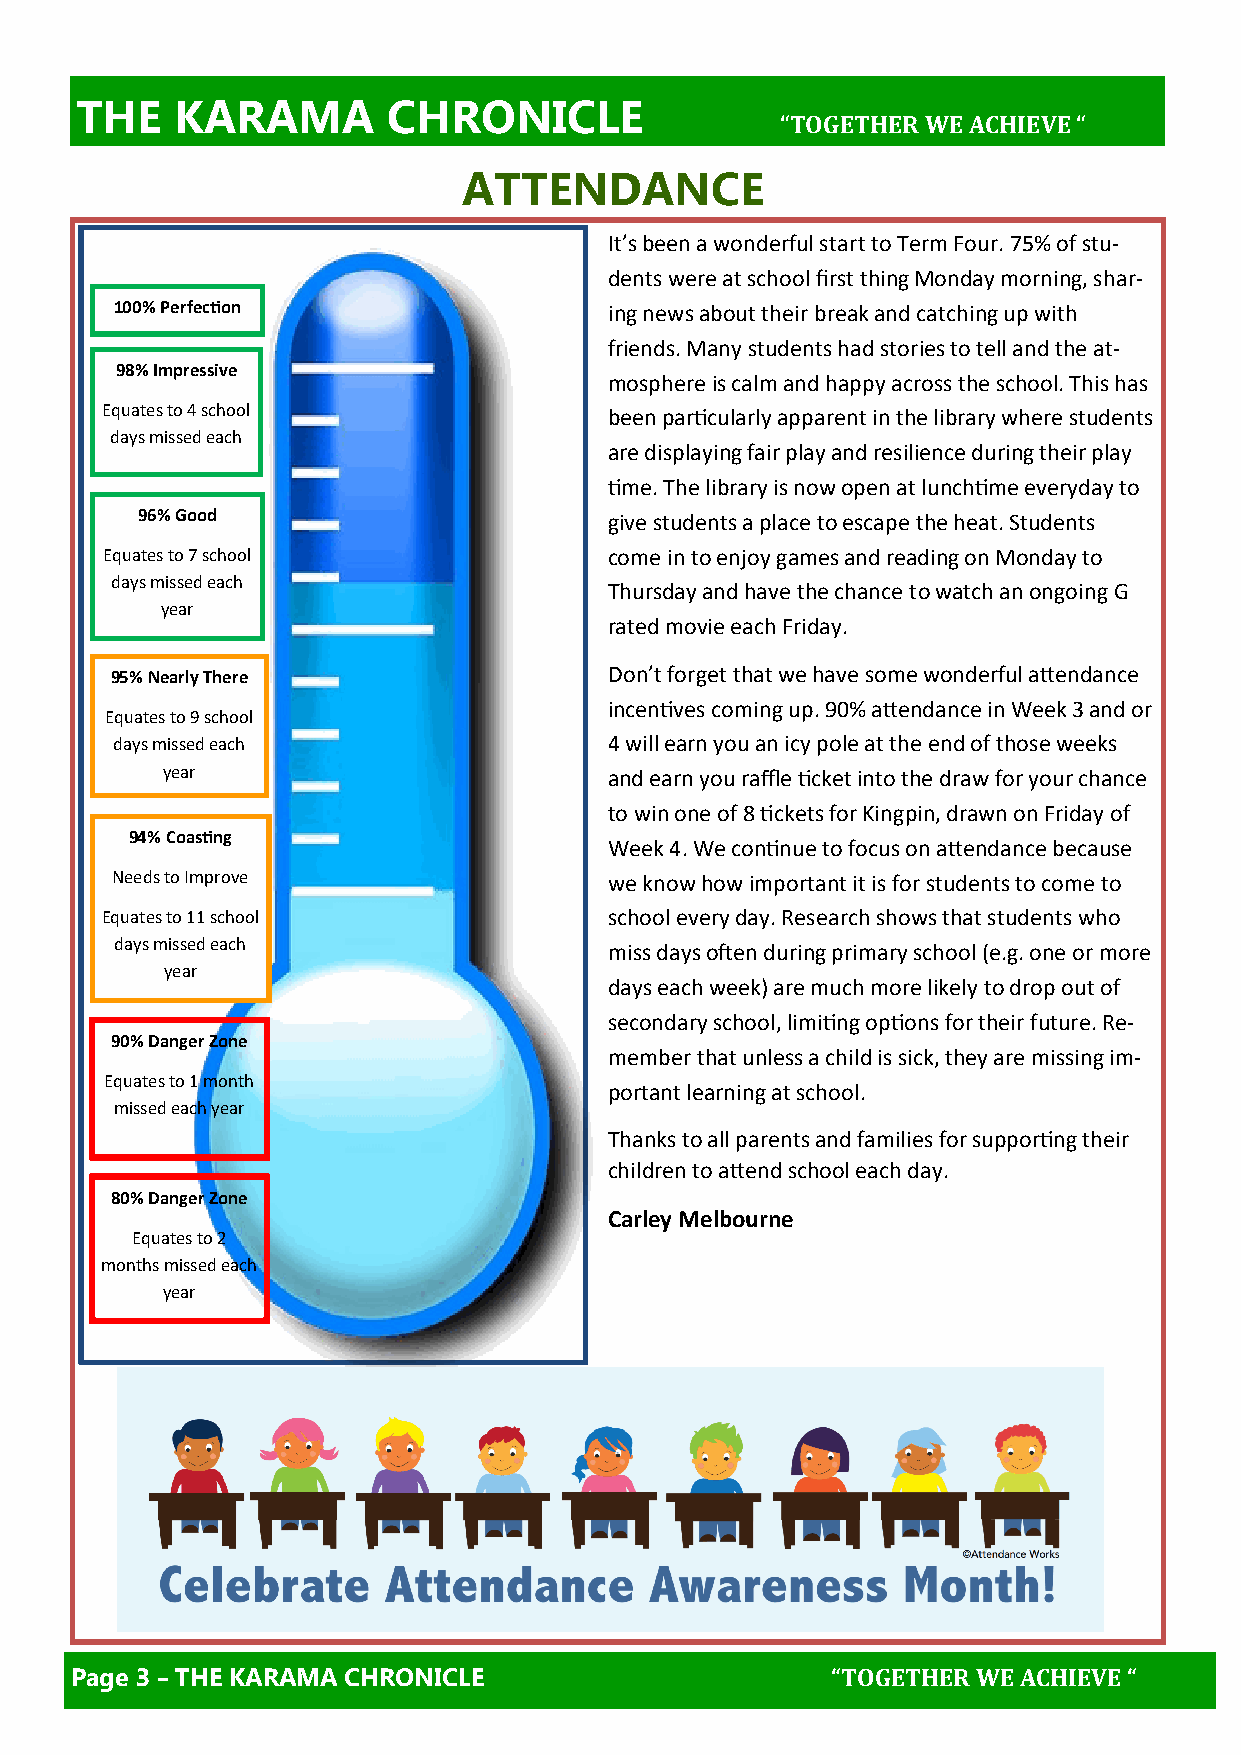
THE    KARAMA        CHRONICLE                                                TATA     CENTRE
 “TOGETHER WE ACHIEVE “
 ATTENDANCE
 It’s been a wonderful start to Term Four. 75% of stu-
 dents were at school first thing Monday morning, shar-
 100% Perfection                 ing news about their break and catching up with
 friends. Many students had stories to tell and the at-
 98% Impressive
 mosphere is calm and happy across the school. This has
 Equates to 4 school              been particularly apparent in the library where students
 days missed each
 are displaying fair play and resilience during their play
 time. The library is now open at lunchtime everyday to
 96% Good                       give students a place to escape the heat. Students
 Equates to 7 school              come in to enjoy games and reading on Monday to
 days missed each
 Thursday and have the chance to watch an ongoing G
 year
 rated movie each Friday.
 95% Nearly There                 Don’t forget that we have some wonderful attendance
 incentives coming up. 90% attendance in Week 3 and or
 Equates to 9 school
 days missed each                4 will earn you an icy pole at the end of those weeks
 year                         and earn you raffle ticket into the draw for your chance
 to win one of 8 tickets for Kingpin, drawn on Friday of
 94% Coasting
 Week 4. We continue to focus on attendance because
 Needs to Improve                 we know how important it is for students to come to
 Equates to 11 school             school every day. Research shows that students who
 days missed each                miss days often during primary school (e.g. one or more
 year
 days each week) are much more likely to drop out of
 secondary school, limiting options for their future. Re-
 90% Danger Zone
 member that unless a child is sick, they are missing im-
 Equates to 1 month
 portant learning at school.
 missed each year
 Thanks to all parents and families for supporting their
 children to attend school each day.
 80% Danger Zone
 Carley Melbourne
 Equates to 2
 months missed each
 year
 Page 3 – THE KARAMA CHRONICLE                     “TOGETHER WE ACHIEVE “